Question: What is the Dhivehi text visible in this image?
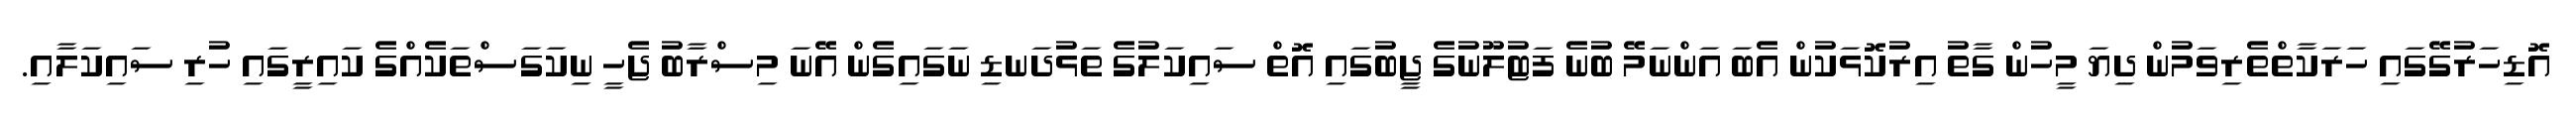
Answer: އޮޑިހަރުގޭގައި ހަރަކާތްތެރިވަމުން ދިޔަ މީހުން ގާތު އިރުކޮޅަކުން އެބަ އަންނަމޭ ބުނެ ފަޓުލޫނުގެ ޖީބުގައި އޮތް ސައިކަލުގެ ތަޅުދަނޑި ނަގައިގެން އޭނަ މިސްރާބު ޖެހީ ނިކަގަސްތަކެއްގެ ކައިރީގައި ހުރި ސައިކަލާއި.